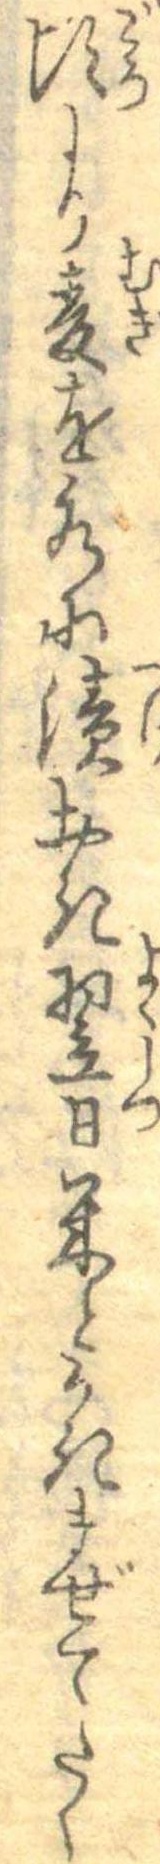
頃より麦を水に漬おき翌日米とかきまぜてたく